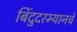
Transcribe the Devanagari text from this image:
बिंदुदरम्यानचे